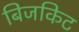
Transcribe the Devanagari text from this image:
बिजकिट